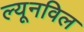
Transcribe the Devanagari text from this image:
ल्यूनविल